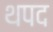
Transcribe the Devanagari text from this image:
थपद